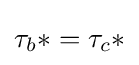
\tau _{b}*=\tau _{c}*